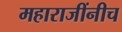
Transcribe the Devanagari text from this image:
महाराजींनीच